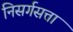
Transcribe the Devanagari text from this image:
निसर्गसत्ता